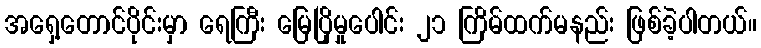
အရှေ့တောင်ပိုင်းမှာ ရေကြီး မြေပြိုမှုပေါင်း ၂၁ ကြိမ်ထက်မနည်း ဖြစ်ခဲ့ပါတယ်။